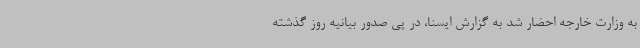
به وزارت خارجه احضار شد به گزارش ایسنا، در پی صدور بیانیه روز گذشته